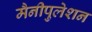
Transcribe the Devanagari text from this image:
मैनीपुलेशन